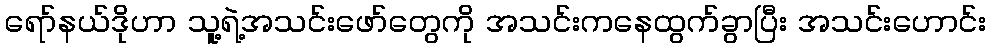
ရော်နယ်ဒိုဟာ သူ့ရဲ့အသင်းဖော်တွေကို အသင်းကနေထွက်ခွာပြီး အသင်းဟောင်း